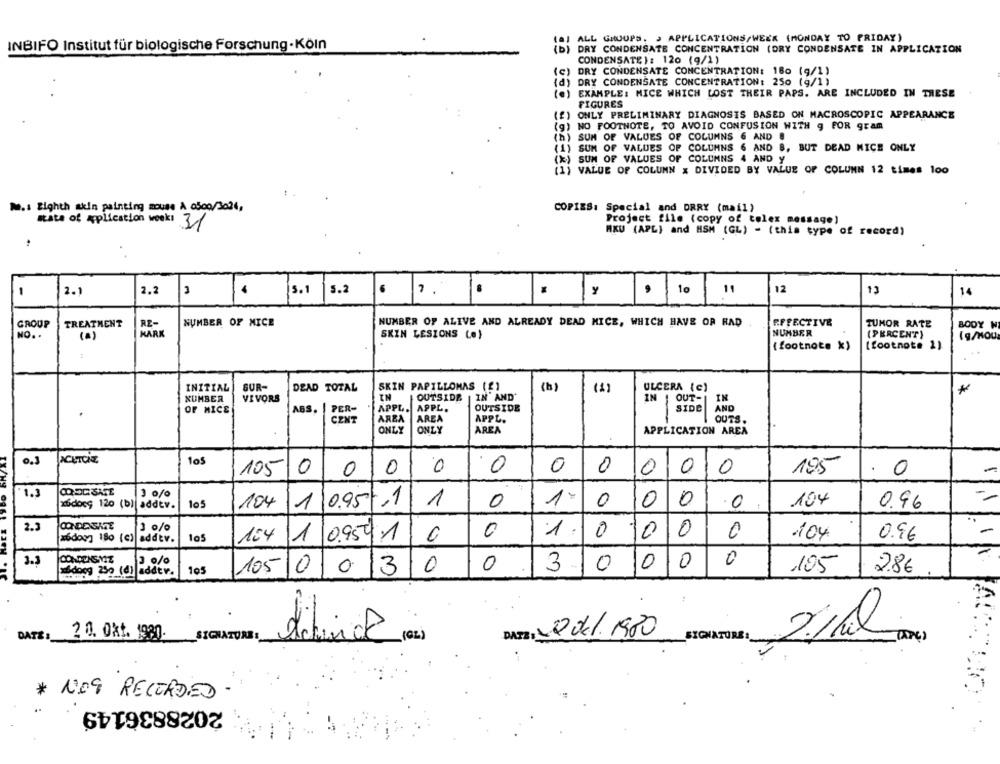
ALL GROUPS, > APPLICATIONS/WEEK (MONDAY TO FRIDAY)
INBIFO Institut für biologische Forschung-Köln
(D) DRY CONDENSATE CONCENTRATION (DRY CONDENSATE IN APPLICATION
( b )
CONDENSATE): 120 (9/1)
(C) DRY CONDENSATE CONCENTRATION: 180 (9/1)
(d) DRY CONDENSATE CONCENTRATION: 250 (g/1)
(e) EXAMPLE: MICE WHICH LOST THEIR PAPS. ARE INCLUDED IN THESE
FIGURES
(f) ONLY PRELIMINARY DIAGNOSIS BASED ON MACROSCOPIC APPEARANCE
(g) NO FOOTNOTE, TO AVOID CONFUSION WITH g FOR gram
(h) SUM OF VALUES OF COLUMNS 6 AND 8
(1) SUM OF VALUES OF COLUMNS 6 AND B, BUT DEAD MICE ONLY
(%) SUM OF VALUES OF COLUMNS 4 AND y
(1) VALUE OF COLUMN x DIVIDED BY VALUE OF COLUMN 12 times 100
COPIES: Special and ORRY (mail)
M.s Eighth akin painting mouse A 0500/3024,
Project file (copy of colex message)
state of application weeks 3/
AKU (APL) and MSM (GL) - (this type of record)
1
2.2
5.2
6
11
12
13
2.1
5.1
1 %
,10
14
NUMBER OF ALIVE AND ALREADY DEAD MICE, WHICH HAVE OR HAD
EFFECTIVE
GROUP
TREATMENT
RE-
NUMBER OF MICE
TUMOR RATE
BODY W
NO. .
MARK
SKIN LESIONS (e)
NUMBER
(PERCENT)
(g/MOU
(footnote *)
[footnote 2)
INITIAL
SUR-
DEAD TOTAL
SKIN PAPILLOMAS (2)
(b)
(1)
ULCERA (c)
*
NUMBER
VIVORS
OUTSIDE
IN AND'
IN ' OUT-
IN
OF MICE
ABS.
PER-
APPL.
APPL.
OUTSIDE
SIDE
AND
CENT
AREA
AREA
APPL.
--
OUTS.
ONLY
ONLY
AREA
APPLICATION AREA
0.3
105
195
105
0
0
0
0
0
0
0
000
0
TX/HS
1.3
3 0/0
x6does 1,20 (b)| addtv.
105
104
1
0.95-1
1
0
1.
0
0
0
.0
104
0.96
2.3
3 0/0
1 09541
0
1.
0 10
0
0
104
addtv.
105
104
0
0.9€
3.3
3 0/0
0
0
0
HAdoog 230 (0)
addtr.
105
1050030
0
3
10
105
28€
:
DATE: 20.041.1980
2/l
DATE
2 0. Okt. 1980.
SIGNATURE:
(02)
TAPE )
* NOG RECORDED
2028836149